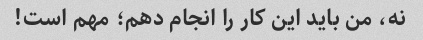
نه، من باید این کار را انجام دهم؛ مهم است!